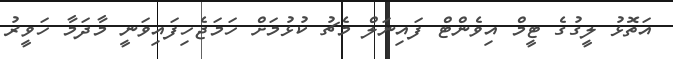
އަތޮޅު ލީގުގެ ޓީމް އިވެންޓް ފައިނަލް މެޗު ކުޅުމަށް ހަމަޖެހިފައިވަނީ މާދަމާ ހަވީރު